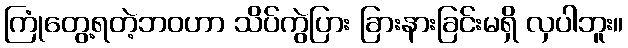
ကြုံတွေ့ရတဲ့ဘဝဟာ သိပ်ကွဲပြား ခြားနားခြင်းမရှိ လှပါဘူး။